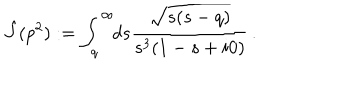
\hat { J } ( p ^ { 2 } ) : = \int _ { q } ^ { \infty } \! \! d s \frac { \sqrt { s ( s - q ) } } { s ^ { 3 } ( 1 - s + i 0 ) } \, .